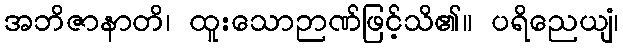
အဘိဇာနာတိ၊ ထူးသောဉာဏ်ဖြင့်သိ၏။ ပရိညေယျံ၊